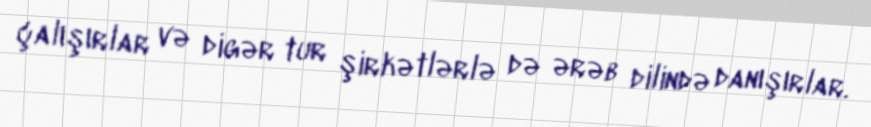
çalışırlar və digər tur şirkətlərlə də ərəb dilində danışırlar.